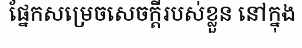
ផ្នែកសម្រេចសេចក្តីរបស់ខ្លួន នៅក្នុង